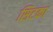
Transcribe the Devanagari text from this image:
सिटका